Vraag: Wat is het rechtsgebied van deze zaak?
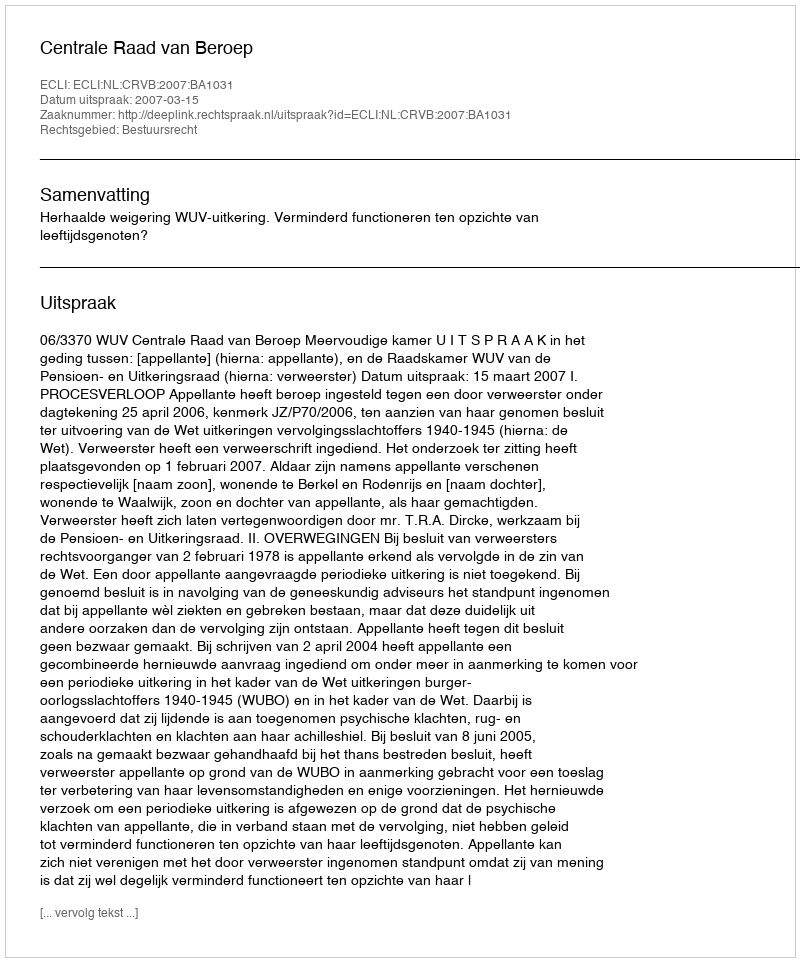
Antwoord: Bestuursrecht